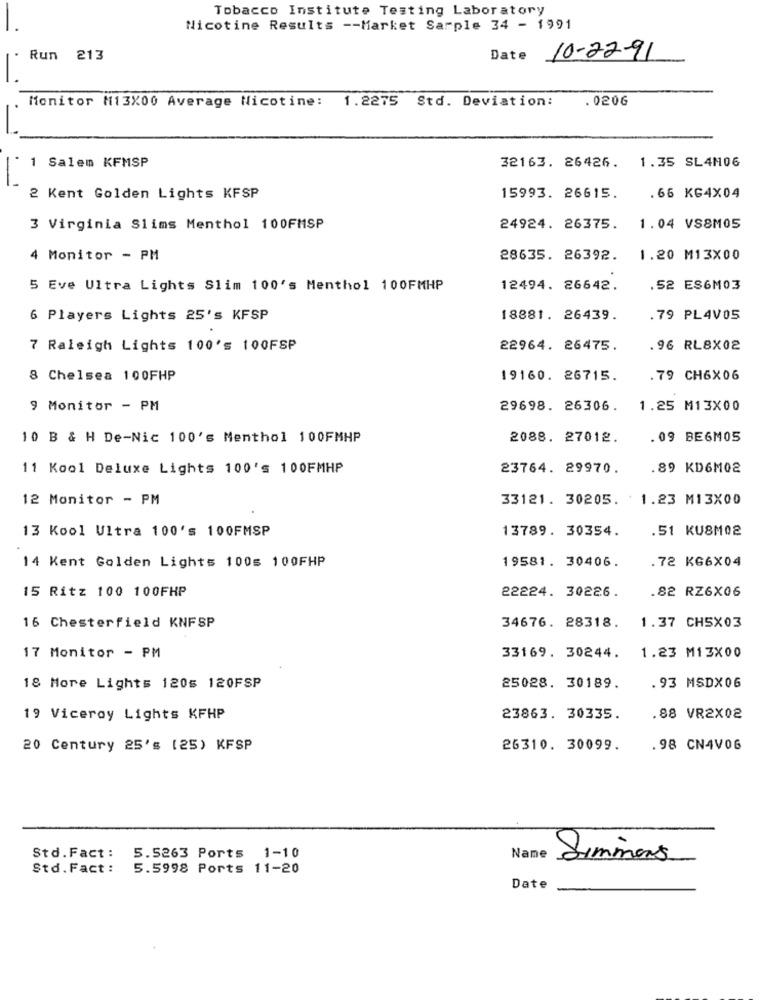
Tobacco Institute Testing Laboratory
Nicotine Results -- Market Sarple 34 - 1991
Run 213
Date 10-22-91
Monitor M13X00 Average Nicotine: 1.2275 Std. Deviation:
. 020G
1 Salem KFMSP
32163. 26426. 1.35 SL4M06
2 Kent Golden Lights KFSP
15993. 26615.
.66 KG4X04
3 Virginia Slims Menthol 100FMSP
24924. 26375.
1.04 VS8MOS
4 Monitor - PM
28635. 26392.
1.20 M13X00
5 Eve Ultra Lights Slim 100's Menthol 100FMHP
12494. 26642.
.52 ES6M03
6 Players Lights 25's KFSP
18881. 26439.
.79 PL4V05
7 Raleigh Lights 100's 100FSP
22964. 26475.
.96 RL8X02
8 Chelsea 100FHP
19160. 26715.
79 CH6X06
9 Monitor - PM
29698. 26306.
1.25 M13X00
10 B & H De-Nic 100's Menthol 100FMHP
2088. 27012.
. 09 BEGMOS
11 Kool Deluxe Lights 100's 100FMHP
23764. 29970.
89 KD6M02
12 Monitor - PM
33121. 30205. 1.23 M13X00
13 Kool Ultra 100's 100FMSP
13789. 30354.
.51 KU8M02
19581. 30406.
.72 KG6X04
14 Kent Golden Lights 100s 100FHP
15 Ritz 100 100FHP
22224. 30226.
.82 RZ6X06
16 Chesterfield KNFSP
34676. 28318.
1.37 CH5X03
17 Monitor - PM
33169. 30244.
1.23 M13X00
18 More Lights 120s 120FSP
25028. 30189.
. 93 MSDX06
19 Viceroy Lights KFHP
23863. 30335.
.88 VR2X02
20 Century 25's (25) KFSP
26310. 30099.
.98 CN4V06
Std.Fact :
5.5263 Ports 1-10
Name
Simmons
Std. Fact:
5.5998 Ports 11-20
Date